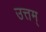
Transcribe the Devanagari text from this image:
उत्तम्